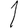
Digit: 1